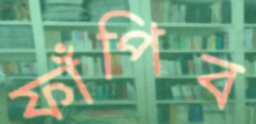
ফাঁপিব